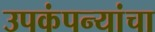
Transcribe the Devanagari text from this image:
उपकंपन्यांचा